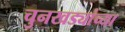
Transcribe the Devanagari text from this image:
चुनखड्यांच्या